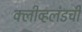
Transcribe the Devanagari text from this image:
क्लीव्हलंडची